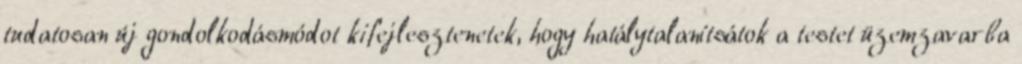
tudatosan új gondolkodásmódot kifejlesztenetek, hogy hatálytalanítsátok a testet üzemzavarba